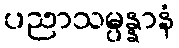
ပညာသမ္ပန္နာနံ